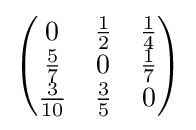
{\begin{pmatrix}0&{\frac {1}{2}}&{\frac {1}{4}}\\{\frac {5}{7}}&0&{\frac {1}{7}}\\{\frac {3}{10}}&{\frac {3}{5}}&0\end{pmatrix}}